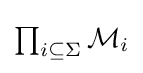
{\textstyle \prod _{i\subseteq \Sigma }{\mathcal {M}}_{i}}